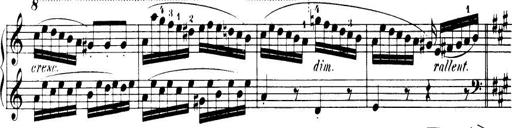
Title: 32 Sonatinas and Rondos for the Piano
Composer: Richard Kleinmichel